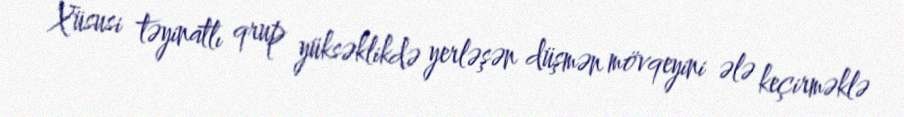
Xüsusi təyinatlı qrup yüksəklikdə yerləşən düşmən mövqeyini ələ keçirməklə